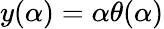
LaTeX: y(\alpha)=\alpha\theta(\alpha)